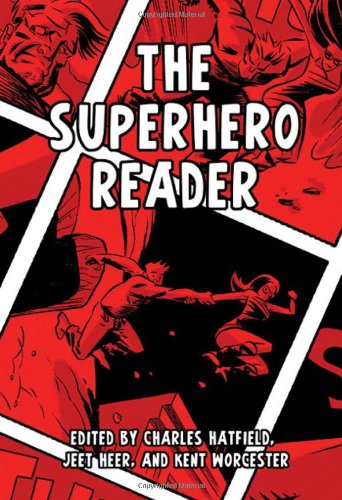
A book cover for The Superhero Reader; Comics & Graphic Novels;